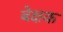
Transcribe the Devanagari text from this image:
बेक्षक